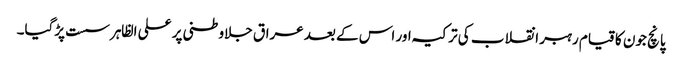
پانچ جون کا قیام رہبر انقلاب کی ترکیہ اور اس کے بعد عراق جلاوطنی پر علی الظاہر سست پڑگیا۔